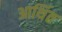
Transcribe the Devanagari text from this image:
आर्थित